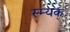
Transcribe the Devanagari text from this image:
स्म्यक्‌